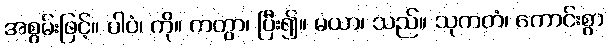
အစွမ်းဖြင့်။ ပါပံ၊ ကို။ ကတွာ၊ ပြီး၍။ မယာ၊ သည်။ သုကတံ၊ ကောင်းစွာ